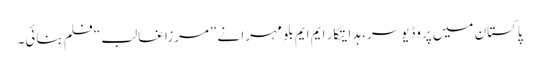
پاکستان میں پروڈیوسر، ہدایتکار ایم ایم بلو مہرا نے ”مرزا غالب“فلم بنائی۔